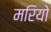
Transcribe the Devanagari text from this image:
मरियो